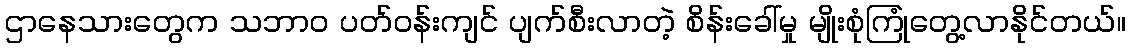
ဌာနေသားတွေက သဘာဝ ပတ်ဝန်းကျင် ပျက်စီးလာတဲ့ စိန်းခေါ်မှု မျိုးစုံကြုံတွေ့လာနိုင်တယ်။